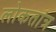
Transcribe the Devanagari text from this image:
लोकतांत्र